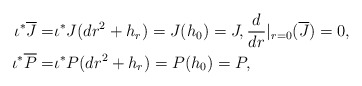
\begin{align*} \iota^*\overline{J}=&\iota^* J(dr^2+h_r)=J(h_0)=J, \frac{d}{dr}|_{r=0}(\overline{J})=0,\\ \iota^* \overline{P}=&\iota^* P(dr^2+h_r)=P(h_0)=P, \end{align*}